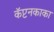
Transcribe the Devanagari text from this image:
कॅप्टनकाका